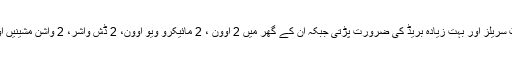
جب بچے 10 سال کے ہوئے تو ہر ہفتے 11 لیٹر دودھ، 6 پیکٹ سریلز اور بہت زیادہ بریڈ کی ضرورت پڑتی جبکہ ان کے گھر میں 2 اوون ، 2 مائیکرو ویو اوون، 2 ڈش واشر، 2 واشن مشینیں اور ڈرائیرز تھیں جبکہ گھر کے احاطے میں سبزیاں اگائی جاتیں۔